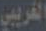
الغريبي